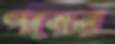
পরের